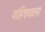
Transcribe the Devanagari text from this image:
पहिएवाला